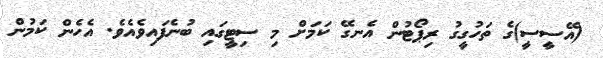
(އޭސީސީ)ގެ ތަހުގީގު ރިޕޯޓުން އެނގޭ ކަމަށް މި ސިޓީގައި ބުނެފައިވެއެވެ. އެހެން ކަމުން